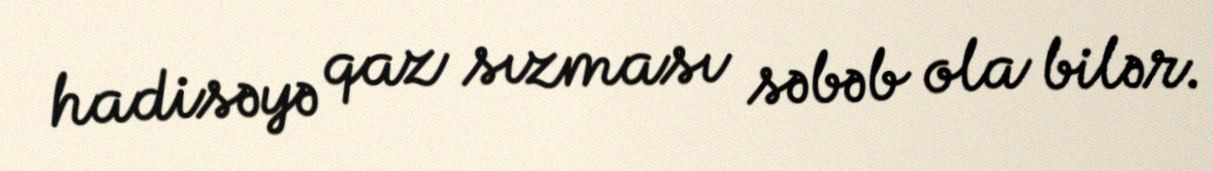
hadisəyə qaz sızması səbəb ola bilər.